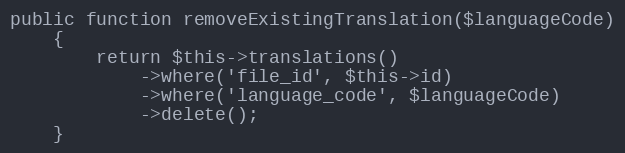
Language: PHP
public function removeExistingTranslation($languageCode)
    {
        return $this->translations()
            ->where('file_id', $this->id)
            ->where('language_code', $languageCode)
            ->delete();
    }